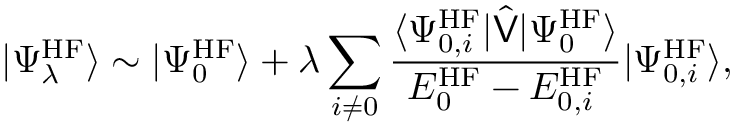
| \Psi _ { \lambda } ^ { \mathrm { H F } } \rangle \sim | \Psi _ { 0 } ^ { \mathrm { H F } } \rangle + \lambda \sum _ { i \neq 0 } \frac { \langle \Psi _ { 0 , i } ^ { \mathrm { H F } } | \hat { \mathsf { V } } | \Psi _ { 0 } ^ { \mathrm { H F } } \rangle } { E _ { 0 } ^ { \mathrm { H F } } - E _ { 0 , i } ^ { \mathrm { H F } } } | \Psi _ { 0 , i } ^ { \mathrm { H F } } \rangle ,